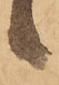
り